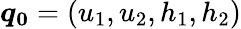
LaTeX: \boldsymbol{q_{0}}=(u_{1},u_{2},h_{1},h_{2})